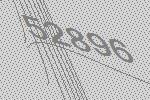
52896